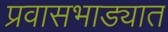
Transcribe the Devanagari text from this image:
प्रवासभाड्यात